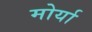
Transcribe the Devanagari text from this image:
मोर्या